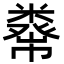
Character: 𥼇